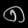
Digit: ၈